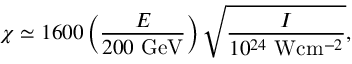
\chi \simeq 1 6 0 0 \left( \frac { E } { 2 0 0 ~ \mathrm { G e V } } \right) \sqrt { \frac { I } { 1 0 ^ { 2 4 } ~ \mathrm { W } \mathrm { c m } ^ { - 2 } } } ,